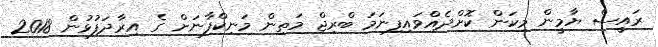
ރައީސް ޔާމީން މިކަން ކޮށްދެއްވައިފިނަމަ ބްރިޖް މަތިން މަނިކްފާނަށް ގެ އިރާދަފުޅުން 2018